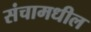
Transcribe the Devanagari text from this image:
संचामधील